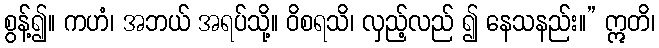
စွန့်၍။ ကဟံ၊ အဘယ် အရပ်သို့။ ဝိစရသိ၊ လှည့်လည် ၍ နေသနည်း။” ဣတိ၊